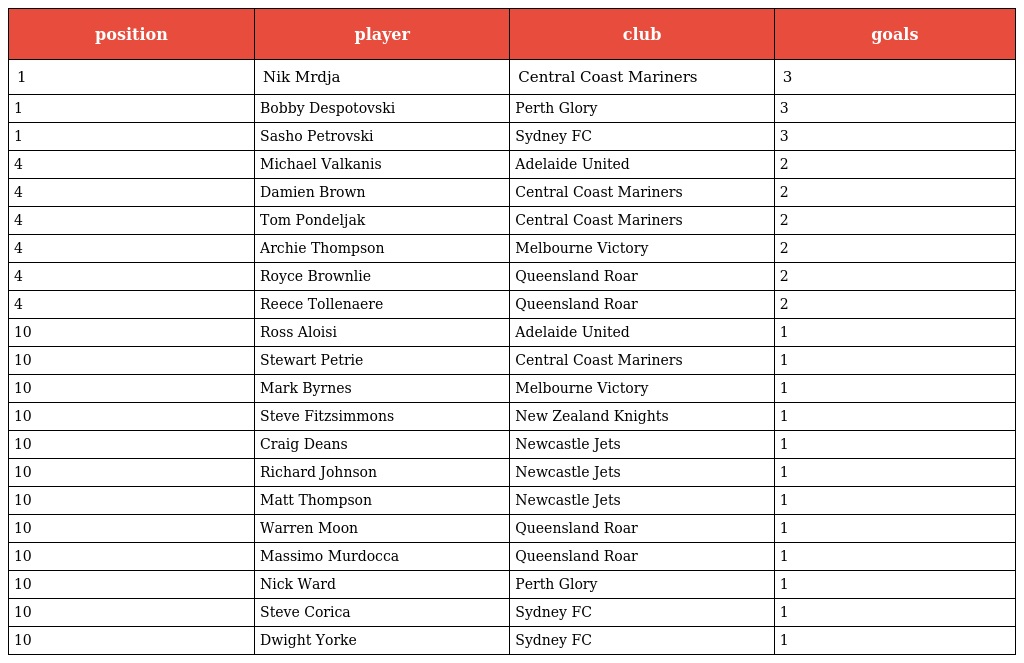
| position | player | club | goals |
 | --- | --- | --- | --- |
 | 1 | Nik Mrdja | Central Coast Mariners | 3 |
 | 1 | Bobby Despotovski | Perth Glory | 3 |
 | 1 | Sasho Petrovski | Sydney FC | 3 |
 | 4 | Michael Valkanis | Adelaide United | 2 |
 | 4 | Damien Brown | Central Coast Mariners | 2 |
 | 4 | Tom Pondeljak | Central Coast Mariners | 2 |
 | 4 | Archie Thompson | Melbourne Victory | 2 |
 | 4 | Royce Brownlie | Queensland Roar | 2 |
 | 4 | Reece Tollenaere | Queensland Roar | 2 |
 | 10 | Ross Aloisi | Adelaide United | 1 |
 | 10 | Stewart Petrie | Central Coast Mariners | 1 |
 | 10 | Mark Byrnes | Melbourne Victory | 1 |
 | 10 | Steve Fitzsimmons | New Zealand Knights | 1 |
 | 10 | Craig Deans | Newcastle Jets | 1 |
 | 10 | Richard Johnson | Newcastle Jets | 1 |
 | 10 | Matt Thompson | Newcastle Jets | 1 |
 | 10 | Warren Moon | Queensland Roar | 1 |
 | 10 | Massimo Murdocca | Queensland Roar | 1 |
 | 10 | Nick Ward | Perth Glory | 1 |
 | 10 | Steve Corica | Sydney FC | 1 |
 | 10 | Dwight Yorke | Sydney FC | 1 |